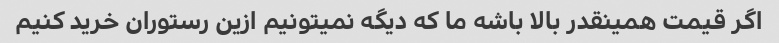
اگر قیمت همینقدر بالا باشه ما که دیگه نمیتونیم ازین رستوران خرید کنیم